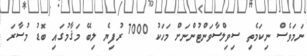
ނަމަވެސް ނިކަމެތި ސިވިލްސާވަންޓުންނަށް މަހަކު 7000 ރުފިޔެ ލިބޭ މަޤާމުގައި ބޮޑު މުސާރަ